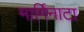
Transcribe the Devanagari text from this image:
मार्गिनाटा